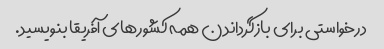
درخواستی برای بازگرداندن همه کشورهای آفریقا بنویسید.